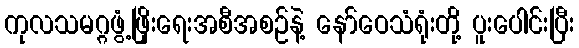
ကုလသမဂ္ဂဖွံ့ဖြိုးရေးအစီအစဉ်နဲ့ နော်ဝေသံရုံးတို့ ပူးပေါင်းပြီး